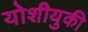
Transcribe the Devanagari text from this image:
योशीयुकी